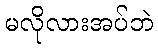
မလိုလားအပ်ဘဲ